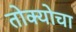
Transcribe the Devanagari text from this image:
तोक्योचा